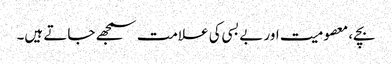
بچے، معصومیت اور بے بسی کی علامت سمجھے جاتے ہیں۔